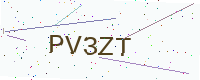
Text: PV3ZT